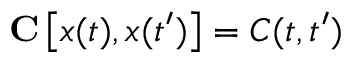
\mathbf { C } \left[ x ( t ) , x ( t ^ { \prime } ) \right] = C ( t , t ^ { \prime } )